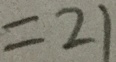
= 2 1